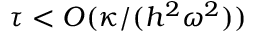
\tau < O ( \kappa / ( h ^ { 2 } \omega ^ { 2 } ) )